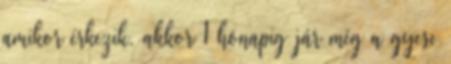
amikor érkezik, akkor 1 hónapig jár még a gyese